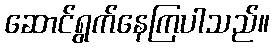
ဆောင်ရွက်နေကြပါသည်။